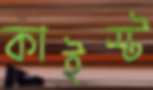
কাইস্ট